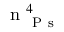
\mathrm { ~ n ~ } _ { \mathrm { ~ P ~ s ~ } } ^ { 4 }